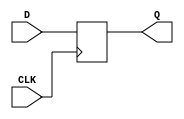
`timescale 1ns / 1ps
//////////////////////////////////////////////////////////////////////////////////
// Company: 
// Engineer: 
// 
// Design Name: 
// Module Name: D_FF
// Project Name: 
// Target Devices: 
// Tool Versions: 
// Description: 
// 
// Dependencies: 
// 
// Revision:
// Revision 0.01 - File Created
// Additional Comments:
// 
//////////////////////////////////////////////////////////////////////////////////


module D_FF(Q,D,CLK);
input D,CLK;
output reg Q;
always @(posedge CLK)
if(CLK==1)
    Q = D;
else
    Q = Q;
endmodule